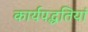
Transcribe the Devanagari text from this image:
कार्यपद्धतियां